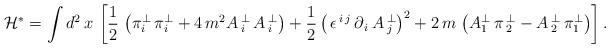
LaTeX: \begin{align*}\mathcal{H}^{\ast }=\int d^{2}\,x\,\left[ \frac{1}{2}\,\left( \pi_{i}^{\perp }\,\pi _{i}^{\perp }+4\,m^{2}A\,_{i}^{\perp }\,A\,_{i}^{\perp}\right) +\frac{1}{2}\left( \,\epsilon ^{\,i\,j}\,\partial_{\,i}\,A\,_{j}^{\perp }\right) ^{2}+2\,m\,\left( A_{1}^{\perp }\,\pi\,_{2}^{\perp }-A\,_{2}^{\perp }\,\pi _{1}^{\perp }\right) \right] .\end{align*}